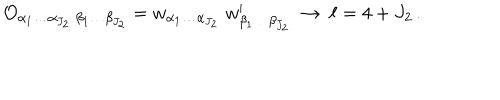
LaTeX: { \cal O } _ { \alpha _ { 1 } \ldots \alpha _ { J _ { 2 } } \; \beta _ { 1 } \ldots \beta _ { J _ { 2 } } } = w _ { \alpha _ { 1 } \ldots \alpha _ { J _ { 2 } } } \; w _ { \beta _ { 1 } \ldots \beta _ { J _ { 2 } } } ^ { \prime } \ \rightarrow \ \ell = 4 + J _ { 2 } \, .